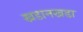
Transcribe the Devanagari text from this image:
खडानखडा